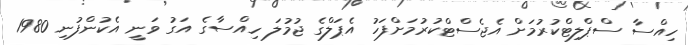
ހިއްސާ ސްޕްލިޓްކުރުމަށް އެޖެސްޓްކުރުމަށްފަހު އެޕަލްގެ ޖުމުލަ ހިއްސާގެ އަގު ވަނީ އެކުންފުނި 1980